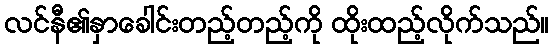
လင်နီ၏နှာခေါင်းတည့်တည့်ကို ထိုးထည့်လိုက်သည်။